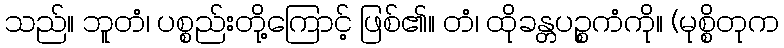
သည်။ ဘူတံ၊ ပစ္စည်းတို့ကြောင့် ဖြစ်၏။ တံ၊ ထိုခန္တပဉ္စကံကို။ (မုစ္စိတုက